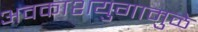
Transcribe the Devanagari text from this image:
अवकाशयुगामुळे